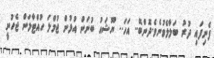
ފެނިފައި ދުރު ބަލާލެވުނެވެ.ދޮންބޭ.. އަހަ.. ޔޫޝައު ބުނަން އުޅުން ޖުމްލަ ހުއްޓާލަން ޖެހުނީ